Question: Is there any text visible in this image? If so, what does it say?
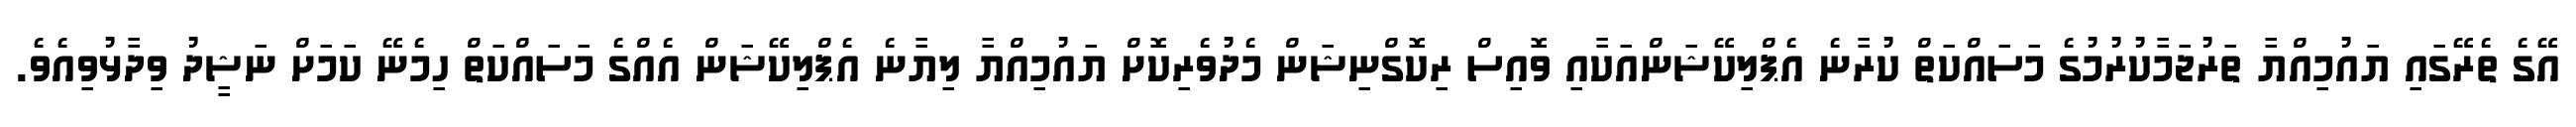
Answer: އޭގެ ތެރޭގައި ޔައުމިއްޔާ ތަރުޖަމާކުރުމުގެ މަސައްކަތް ކުރާނެ އެޕްލިކޭޝަންއަކާއި ވޮއިސް ރިކޮގްނިޝަން މެދުވެރިކޮށް ޔައުމިއްޔާ ލިޔާނެ އެޕްލިކޭޝަން އެއްގެ މަސައްކަތް ހިމެނޭ ކަމަށް ނަޝީދު ވިދާޅުވިއެވެ.